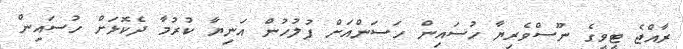
ރާއްޖެ ޓީވީގެ ނޫސްވެރިޔާ ހުސައިން ހަސަންއަށް ފުލުހުން އަނިޔާ ކުރުމާ ދެކޮޅަށް ހުސައިން